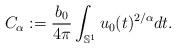
LaTeX: \begin{align*}C_{\alpha} := \frac{b_{0}}{4\pi} \int_{\mathbb{S}^{1}} u_{0}(t)^{2/\alpha} dt.\end{align*}